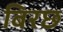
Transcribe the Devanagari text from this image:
बिरछ